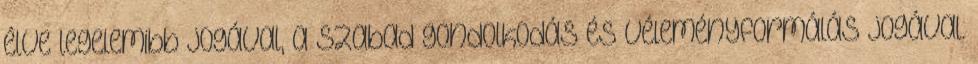
élve legelemibb jogával, a szabad gondolkodás és véleményformálás jogával.